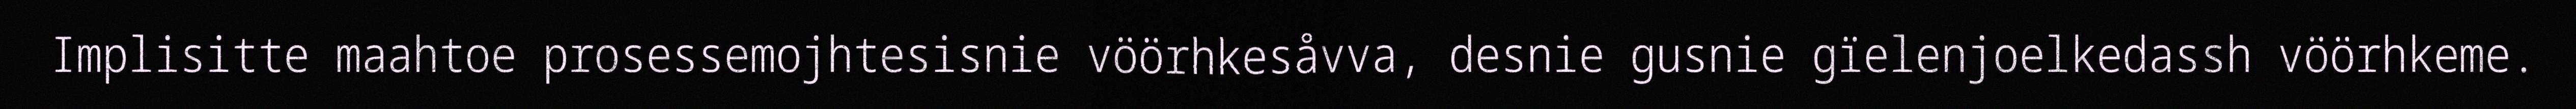
Implisitte maahtoe prosessemojhtesisnie vöörhkesåvva, desnie gusnie gïelenjoelkedassh vöörhkeme.